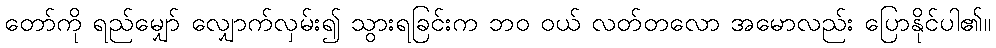
တော်ကို ရည်မျှော် လျှောက်လှမ်း၍ သွားရခြင်းက ဘဝ ဝယ် လတ်တလော အမောလည်း ပြောနိုင်ပါ၏။